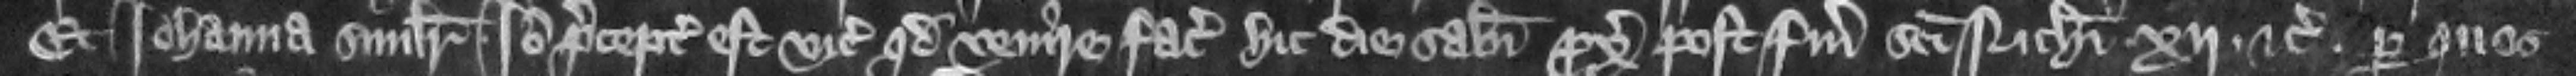
Et Iohanna similiter. Ideo preceptum est vicecomiti quod venire faciat hic die Sabati proximo post festum Sancti Nicholai . xij. etc. per quos